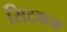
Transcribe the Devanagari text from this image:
सिटकळ